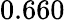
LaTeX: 0.660